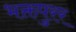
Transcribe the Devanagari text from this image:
भक्तपुरर